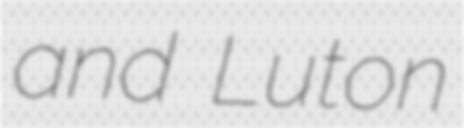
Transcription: and Luton